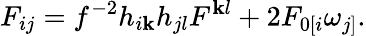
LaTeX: F_{ij}=f^{-2}h_{i\mathbf{k}}h_{jl}F^{\mathbf{k}l}+2F_{0[i}\omega_{j]}.